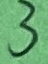
Text: 3